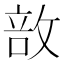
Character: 敨